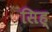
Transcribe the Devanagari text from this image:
सिह्